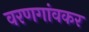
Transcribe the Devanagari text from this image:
वरणगांवकर